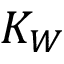
K _ { W }